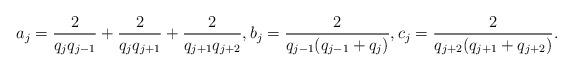
LaTeX: \begin{align*}a_{j}&=\frac{2}{q_j q_{j-1}}+\frac{2}{q_{j}q_{j+1}}+\frac{2}{q_{j+1}q_{j+2}},b_j=\frac{2}{q_{j-1}(q_{j-1}+q_j)}, c_j=\frac{2}{q_{j+2}(q_{j+1}+q_{j+2})}.\end{align*}